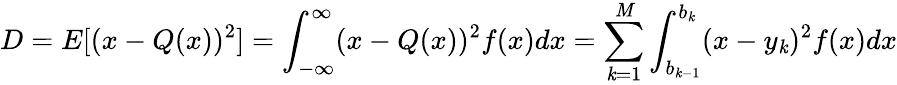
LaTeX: D=E[(x-Q(x))^{2}]=\int_{-\infty}^{\infty}(x-Q(x))^{2}f(x)dx=\sum_{\mathit{k}=1}^{\mathit{M}}\int_{b_{\mathit{k}-1}}^{b_{\mathit{k}}}(x-y_{\mathit{k}})^{2}f(x)dx